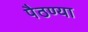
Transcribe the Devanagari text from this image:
पैठण्या